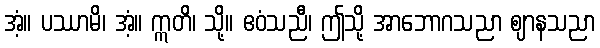
အံ့။ ပဿာမိ၊ အံ့။ ဣတိ၊ သို့။ ဧဝံသညီ၊ ဤသို့ အာဘောဂသညာ ဈာနသညာ